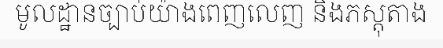
មូលដ្ឋានច្បាប់យ៉ាងពេញលេញ និងភស្តុតាង